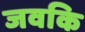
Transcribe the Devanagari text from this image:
जवकि